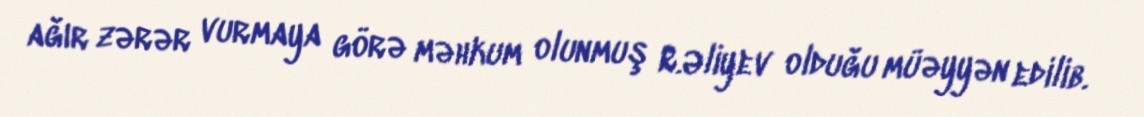
ağır zərər vurmaya görə məhkum olunmuş R.Əliyev olduğu müəyyən edilib.